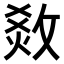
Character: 𤉧